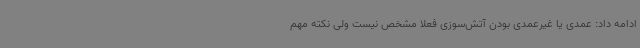
ادامه داد: عمدی یا غیرعمدی بودن آتش‌سوزی فعلا مشخص نیست ولی نکته مهم